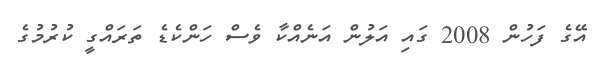
އޭގެ ފަހުން 2008 ގައި އަލުން އަނެއްކާ ވެސް ހަންކެޑެ ތަރައްގީ ކުރުމުގެ